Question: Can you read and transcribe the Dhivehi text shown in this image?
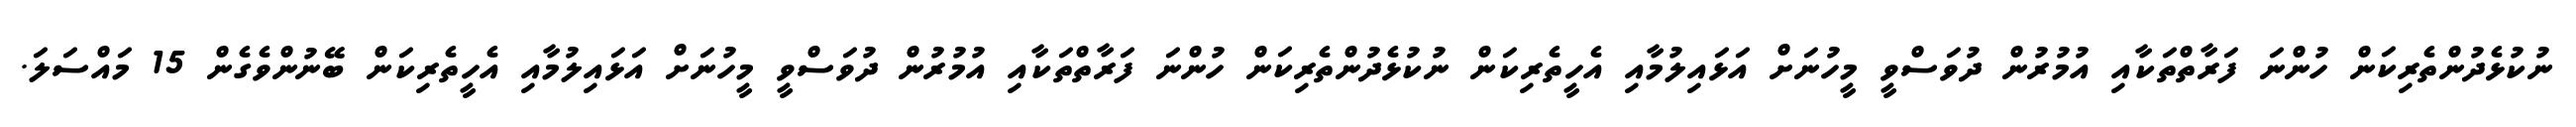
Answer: ނުކުޅެދުންތެރިކަން ހުންނަ ފަރާތްތަކާއި އުމުރުން ދުވަސްވީ މީހުނަށް އަޅައިލުމާއި އެހީތެރިކަން ނުކުޅެދުންތެރިކަން ހުންނަ ފަރާތްތަކާއި އުމުރުން ދުވަސްވީ މީހުނަށް އަޅައިލުމާއި އެހީތެރިކަން ބޭނުންވެގެން 15 މައްސަލަ.